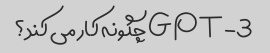
GPT-3 چگونه کار می کند؟